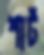
শার্ট